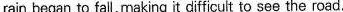
rain began to fall, making it difficult to see the road.